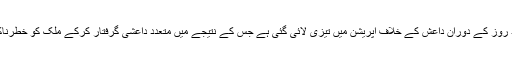
الحسینی کا کہنا ہے کہ گزشتہ چند روز کے دوران داعش کے خلاف آپریشن میں تیزی لائی گئی ہے جس کے نتیجے میں متعدد داعشی گرفتار کرکے ملک کو خطرناک دہشت گردی دے بچالیا گیا ہے۔